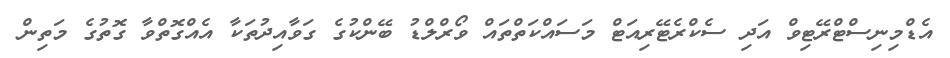
އެޑްމިނިސްޓްރޭޓިވް އަދި ސެކްރެޓޭރިއަޓް މަސައްކަތްތައް ވޯރްލްޑު ބޭންކުގެ ގަވާއިދުތަކާ އެއްގޮތްވާ ގޮތުގެ މަތިން